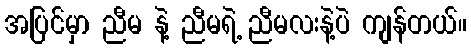
အပြင်မှာ ညီမ နဲ့ ညီမရဲ့ ညီမလးနဲ့ပဲ ကျန်တယ်။